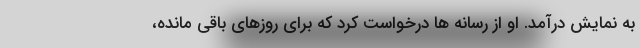
به نمایش درآمد. او از رسانه ‌ها درخواست کرد که برای روزهای باقی مانده،